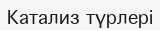
Катализ түрлері